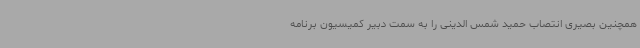
همچنین بصیری انتصاب حمید شمس الدینی را به سمت دبیر کمیسیون برنامه